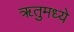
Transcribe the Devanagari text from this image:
ॠतुमध्ये